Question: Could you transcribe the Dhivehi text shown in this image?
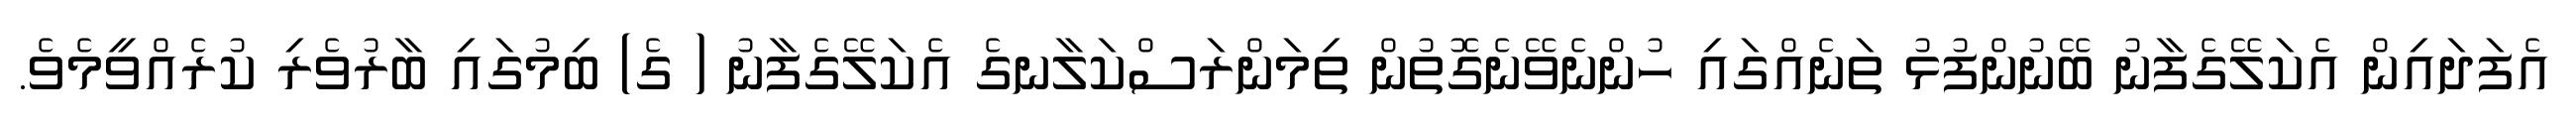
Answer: އެފަދައިން އެކަލޭގެފާނު ބޭނުންފުޅު ތަނެއްގައި ހުންނެވޭނެގޮތުން ތިމަންރަސްކަލާނގެ އެކަލޭގެފާނު ( ގެ) ބިމުގައި ބާރުވެރި ކުރެއްވީމެވެ.